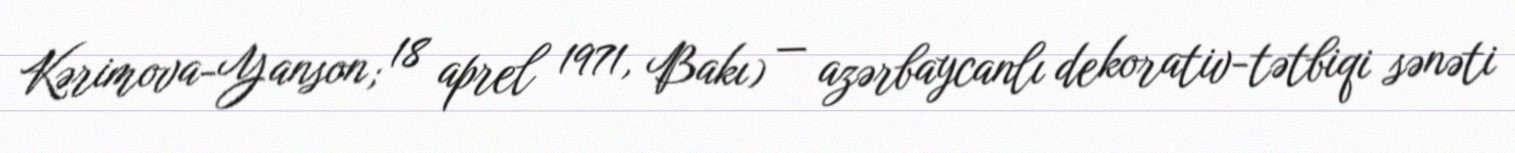
Kərimova-Yanson; 18 aprel 1971, Bakı) — azərbaycanlı dekorativ-tətbiqi sənəti